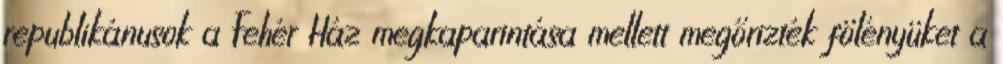
republikánusok a Fehér Ház megkaparintása mellett megőrizték fölényüket a